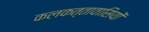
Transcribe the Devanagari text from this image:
कलकत्तावासियों